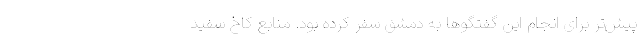
پیش‌تر برای انجام این گفتگو‌ها به دمشق سفر کرده بود. منابع کاخ سفید